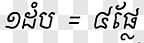
១ដំប = ៤ផ្លែ